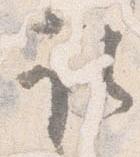
取